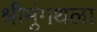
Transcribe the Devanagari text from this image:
श्रीमुंगथला